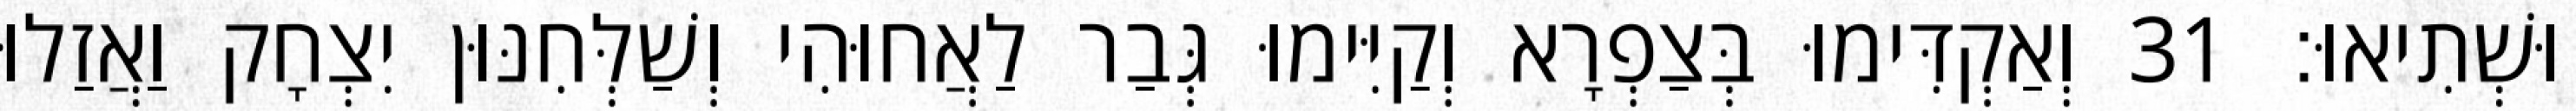
וּשְׁתִיאוּ׃ 31 וְאַקְדִּימוּ בְּצַפְרָא וְקַיִּימוּ גְּבַר לַאֲחוּהִי וְשַׁלְּחִנּוּן יִצְחָק וַאֲזַלוּ